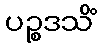
ပဉ္စဒသိံ